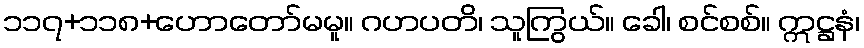
၁၁၇+၁၁၈+ဟောတော်မမူ။ ဂဟပတိ၊ သူကြွယ်။ ခေါ၊ စင်စစ်။ ဣဋ္ဌနံ၊